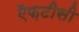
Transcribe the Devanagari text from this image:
ऍफ़टीसी